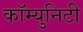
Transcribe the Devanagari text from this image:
कॉम्‍युनिटी